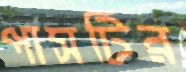
পাসটির